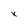
Character: x